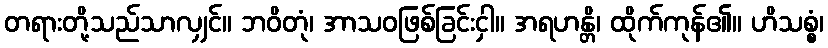
တရားတို့သည်သာလျှင်။ ဘဝိတုံ၊ အာသဝဖြစ်ခြင်းငှါ။ အရဟန္တိ၊ ထိုက်ကုန်၏။ ဟိသစ္စံ၊